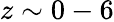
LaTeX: z\sim 0-6